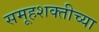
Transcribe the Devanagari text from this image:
समूहशक्तीच्या